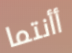
أأنتما